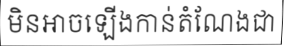
មិនអាចឡើងកាន់តំណែងជា